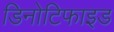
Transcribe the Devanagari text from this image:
डिनोटिफाइड